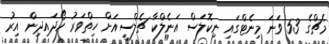
މެޗްގެ 53 ވަނަ މިނެޓްގައި ނިކޮލަސް އަނެލްކާ ޗެލްސީއަށް ހިތްވަރު ހޯދައިދިން އިރު